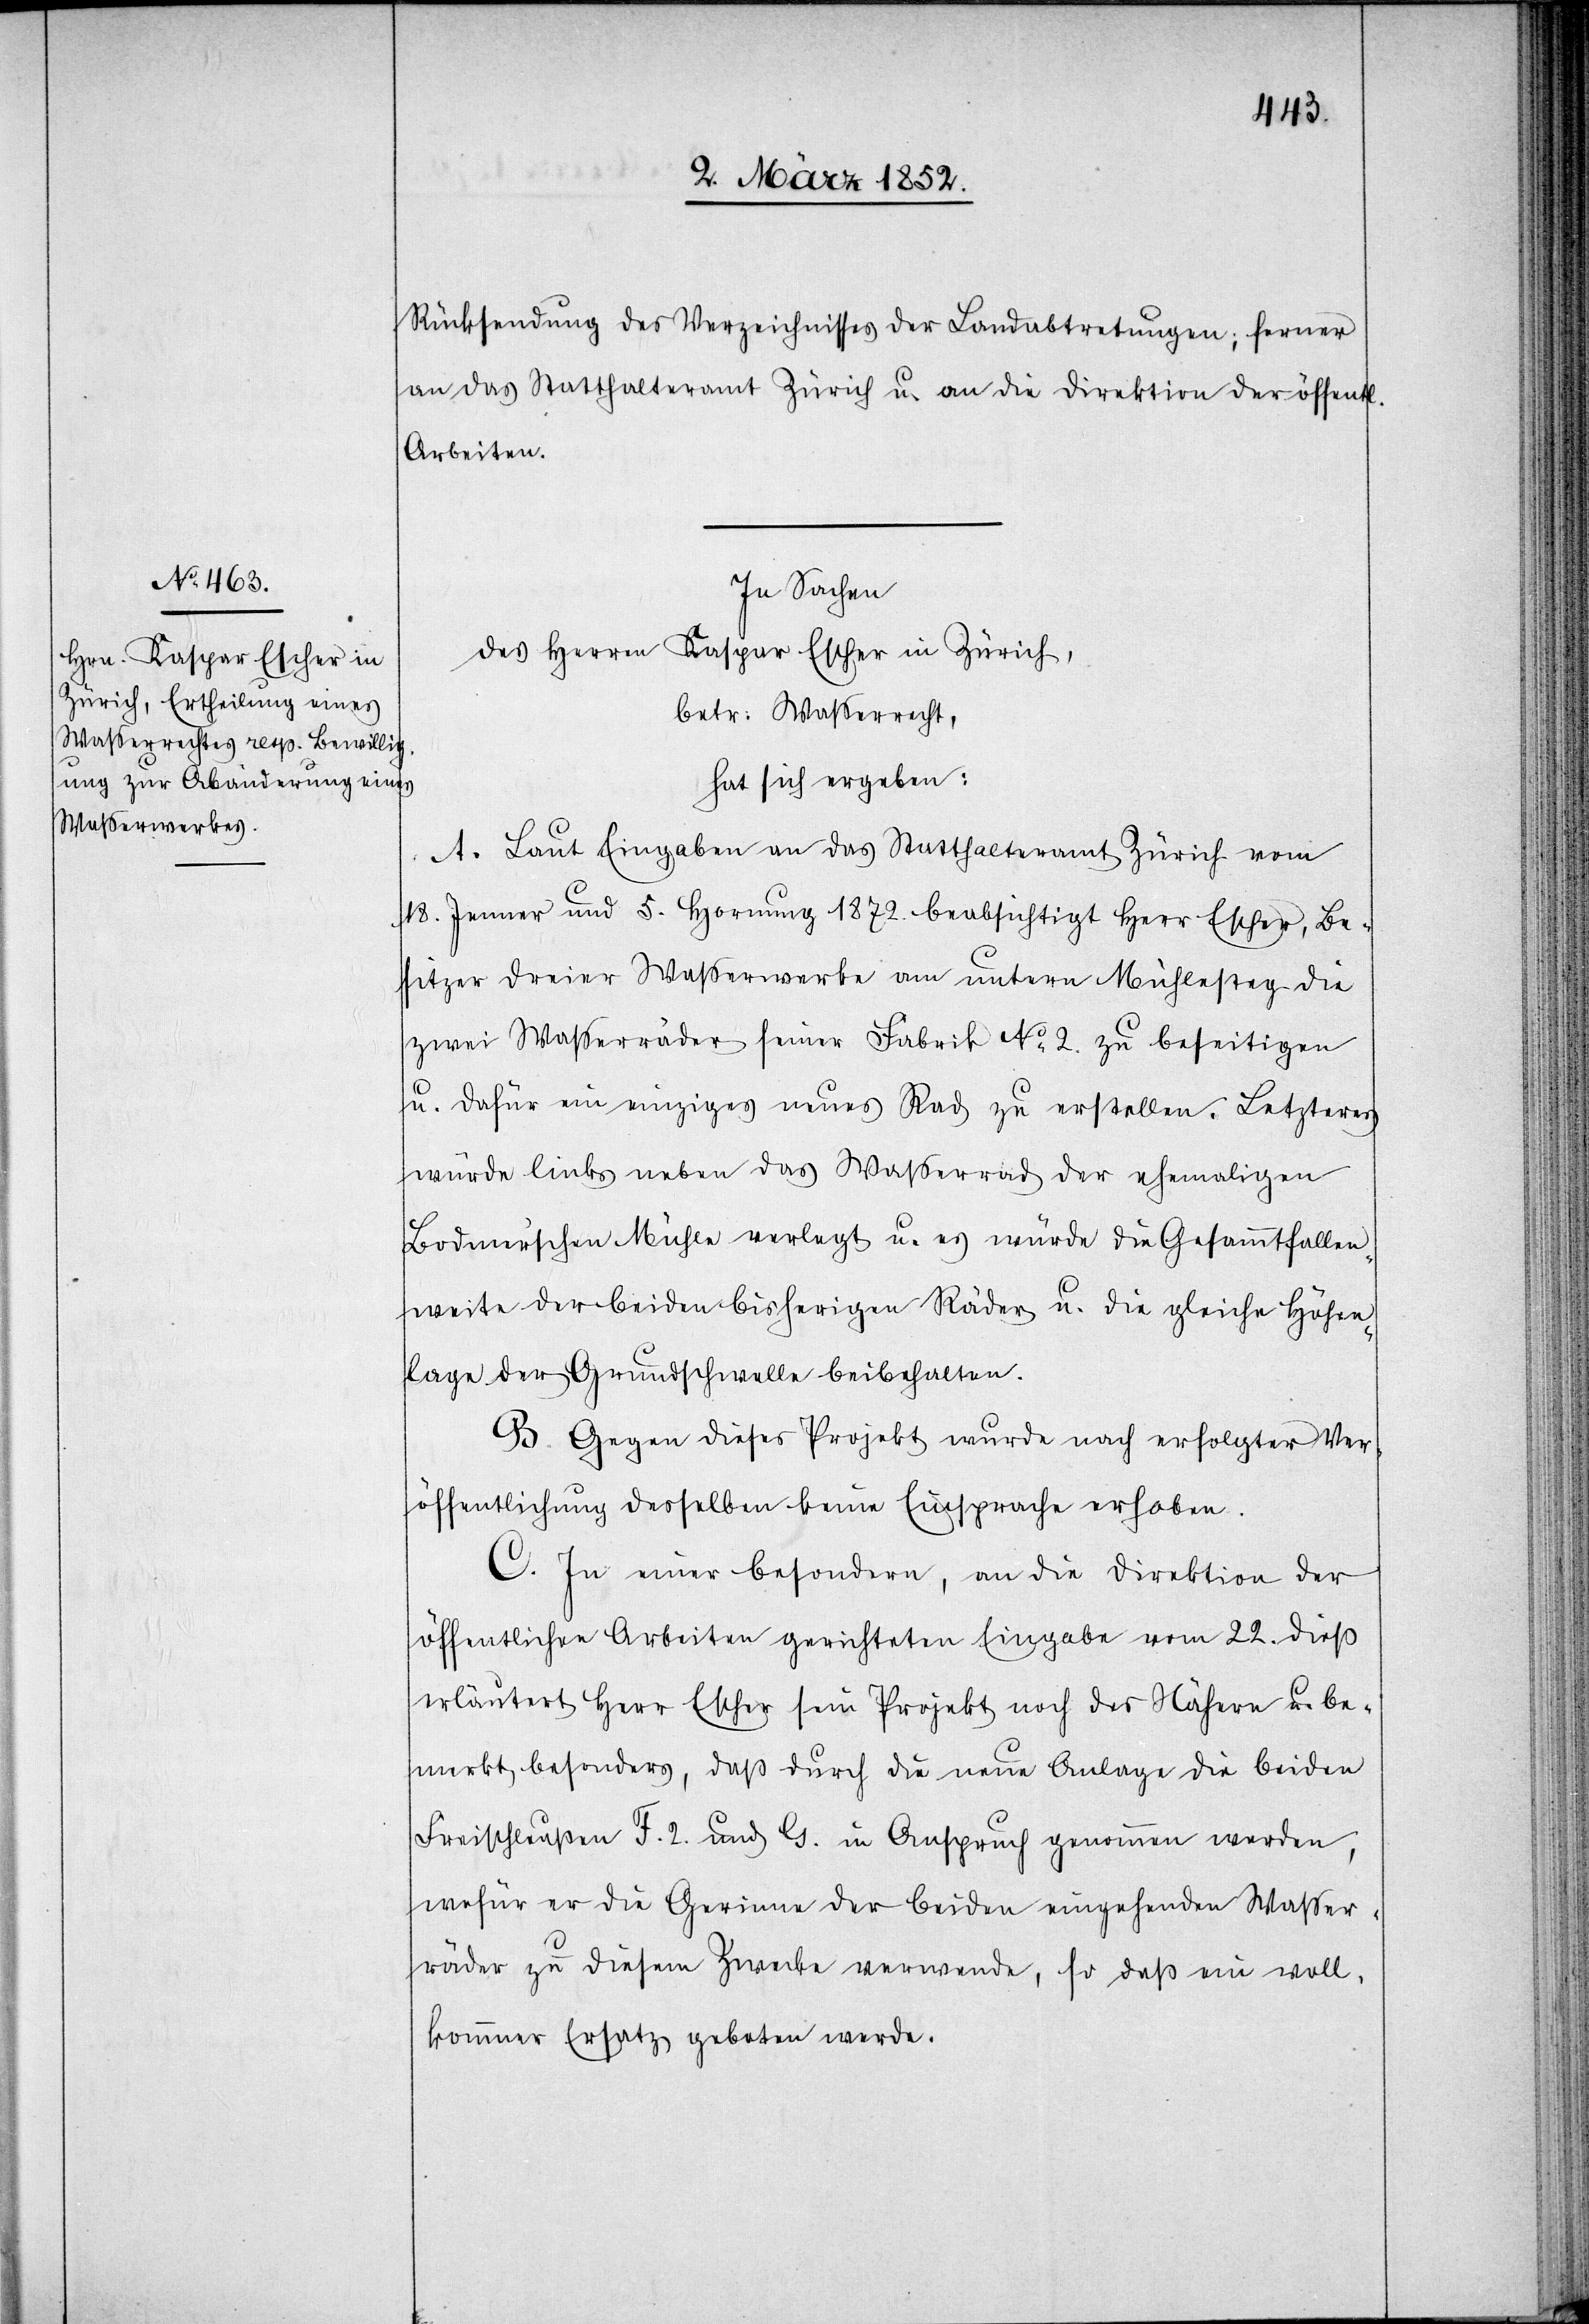
chen
Rücksendung des Verzeichnisses der Landabtretungen; ferner
an das Statthalteramt Zürich u. an die Direktion der öffentli¬
Arbeiten.
In Sachen
des Herren Kaspar Escher in Zürich,
betr. Wasserrecht,
hat sich ergeben:
A. Laut Eingabe an das Statthalteramt Zürich vom
18. Jenner und 5. Hornung 1872. beabsichtigt Herr Escher, Be¬
sitzer dreier Wasserwerke am untern Mühlesteg die
zwei Wasserwerke seiner Fabrik No 2. zu beseitigen
u. dafür ein einziges neues Rad zu erstellen. Letzteres
würde links neben das Wasserrad der ehemaligen
Bodmer’schen Mühle verlegt u. es würde die Gesammtfallen¬
weite der beiden bisherigen Räder u. die gleiche Höhen¬
lage der Grundschwelle beibehalten.
B. Gegen dieses Projekt wurde nach erfolgter Ver¬
öffentlichung desselben keine Einsprache erhoben.
C. In einer besondern, an die Direktion der
öffentlichen Arbeiten gerichteten Eingabe vom 22. dieß
erläutert Herr Escher sein Projekt noch des Nähern u. be¬
merkt besonders, daß durch die neue Anlage die beiden
Freischleußen F. 2 und G. in Anspruch genommen werden,
wofür er die Gerinne der beiden eingehenden Wasser¬
räder zu diesem Zwecke verwende, so daß ein voll¬
kommener Ersatz geboten werden.